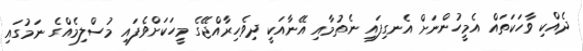
ދެއްކި ވާހަކަތައް އެމީހުންނަށް އެނގިފައި ނެތުމާއި އޭނާއަކީ ދިވެހިރާއްޖޭގެ މީހަކަށްވެފައި މުސްލިމެއްގެ ނަމުގައި